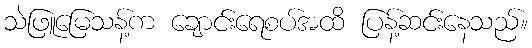
သဲဖြူမြေသန့်က ချောင်းရေစပ်အထိ ပြန့်ဆင်းနေသည်။